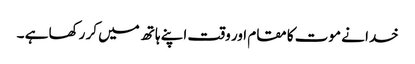
خدا نے موت کا مقام اور وقت اپنے ہاتھ میں کر رکھا ہے ۔